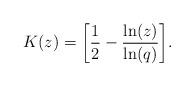
LaTeX: \begin{align*} K(z)=\left[\frac{1}{2}-\frac{\ln(z)}{\ln(q)}\right]\!. \end{align*}